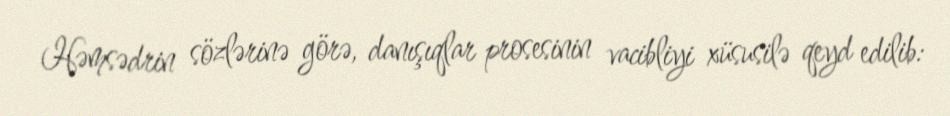
Həmsədrin sözlərinə görə, danışıqlar prosesinin vacibliyi xüsusilə qeyd edilib: